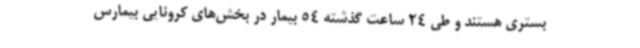
بستری هستند و طی 24 ساعت گذشته 54 بیمار در بخش‌های کرونایی بیمارس